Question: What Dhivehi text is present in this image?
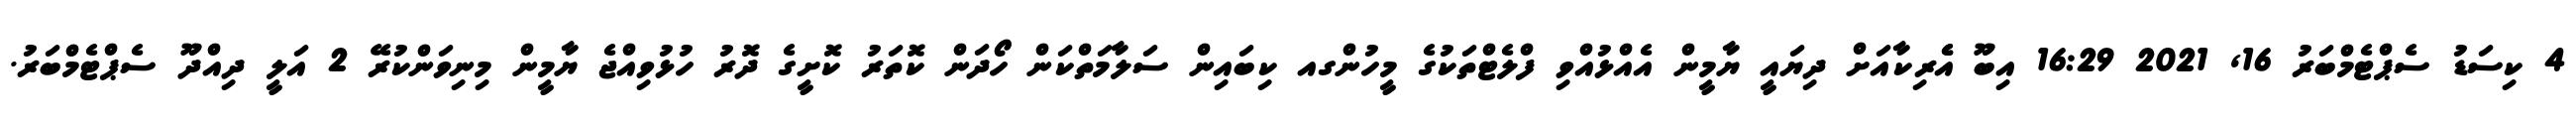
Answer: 4 ކިސަޑު ސެޕްޓެމްބަރު 16, 2021 16:29 އިބޫ އެެރިކާއަށް ދިޔައީ ޔާމީން އެއްޅުއްވި ފްލެޓްތަކުގެ މީހުންގއ ކިބައިން ސަލާމަތްކަން ހޯދަން ކޮތަރު ކޮށީގެ ދޮރު ހުޅުވިއްޖެ ޔާމީން މިނިވަންކުރޭ 2 އަލީ ދިއްދޫ ސެޕްޓެމްބަރު.